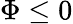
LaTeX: \Phi\le 0